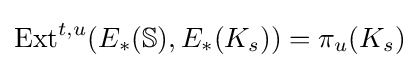
{\text{Ext}}^{t,u}(E_{*}(\mathbb {S} ),E_{*}(K_{s}))=\pi _{u}(K_{s})